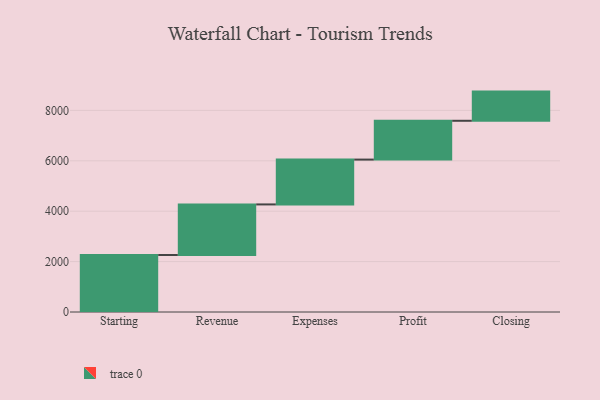
{"axis": {"x": "Step", "y": "Value"}, "legend": [""], "data": [{"x": "Starting", "y": 2261.0, "type": ""}, {"x": "Revenue", "y": 2008.0, "type": ""}, {"x": "Expenses", "y": 1779.0, "type": ""}, {"x": "Profit", "y": 1540.0, "type": ""}, {"x": "Closing", "y": 1158.0, "type": ""}]}